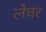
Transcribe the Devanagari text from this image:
लेचर